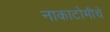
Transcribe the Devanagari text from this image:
नाकाटोमीचे